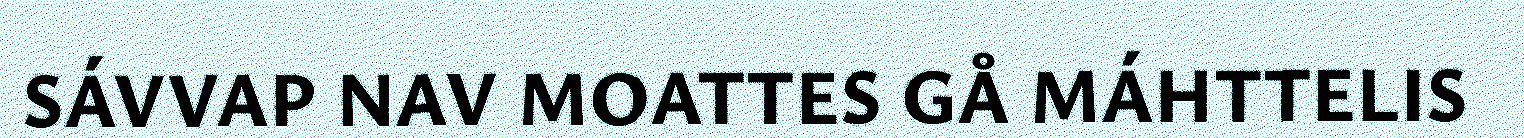
SÁVVAP NAV MOATTES GÅ MÁHTTELIS